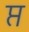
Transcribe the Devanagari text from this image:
प्त